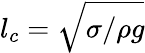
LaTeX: l_{c}=\sqrt{\sigma/\rho g}